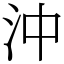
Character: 沖